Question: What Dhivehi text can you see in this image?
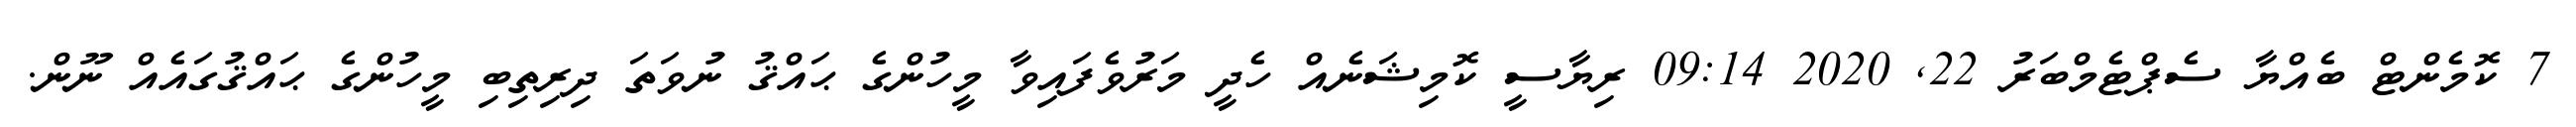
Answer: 7 ކޮމެންޓް ބެއްޔާ ސެޕްޓެމްބަރު 22, 2020 09:14 ރިޔާސީ ކޮމިޝަނެއް ހެދީ މަރުވެފައިވާ މީހުންގެ ޙައްޤު ނުވަތަ ދިރިތިބި މީހުންގެ ޙައްޤުގައެއް ނޫން.